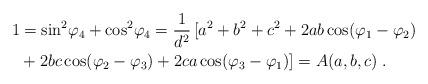
LaTeX: \begin{align*}1 &= \sin^2\!\varphi_4 + \cos^2\!\varphi_4 = \frac{1}{d^2} \, [ a^2+ b^2 + c^2 + 2ab \cos(\varphi_1 - \varphi_2) \\&+ 2bc \cos(\varphi_2 - \varphi_3) + 2ca \cos(\varphi_3 -\varphi_1)] = A(a,b,c) \;.\end{align*}